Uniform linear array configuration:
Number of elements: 48
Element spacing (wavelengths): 0.75
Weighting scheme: hann
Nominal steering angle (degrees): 30
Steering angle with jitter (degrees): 31.082
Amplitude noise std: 0.05
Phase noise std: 0.05

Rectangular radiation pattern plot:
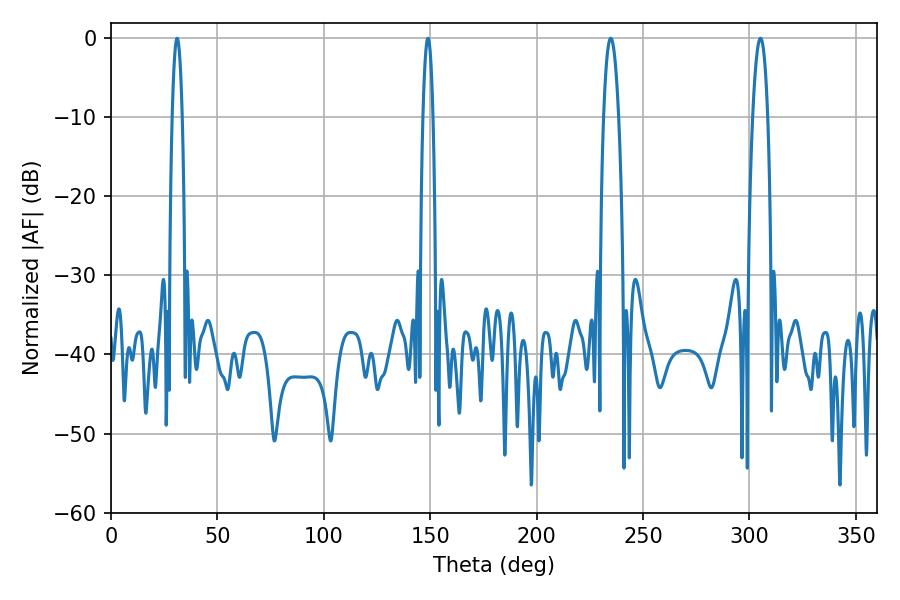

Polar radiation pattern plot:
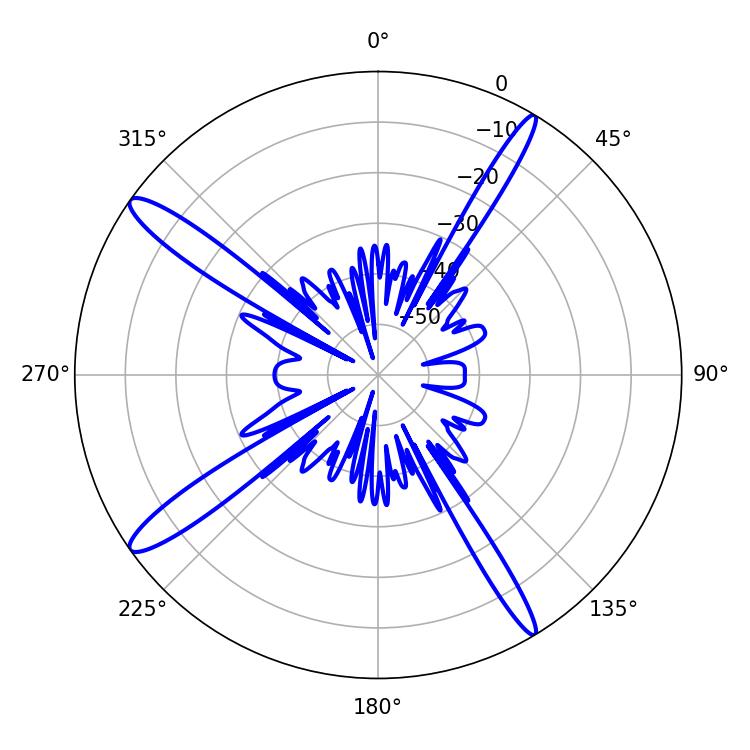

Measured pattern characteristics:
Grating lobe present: TRUE
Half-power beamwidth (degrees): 3.96
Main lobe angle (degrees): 234.9